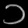
Digit: ၁